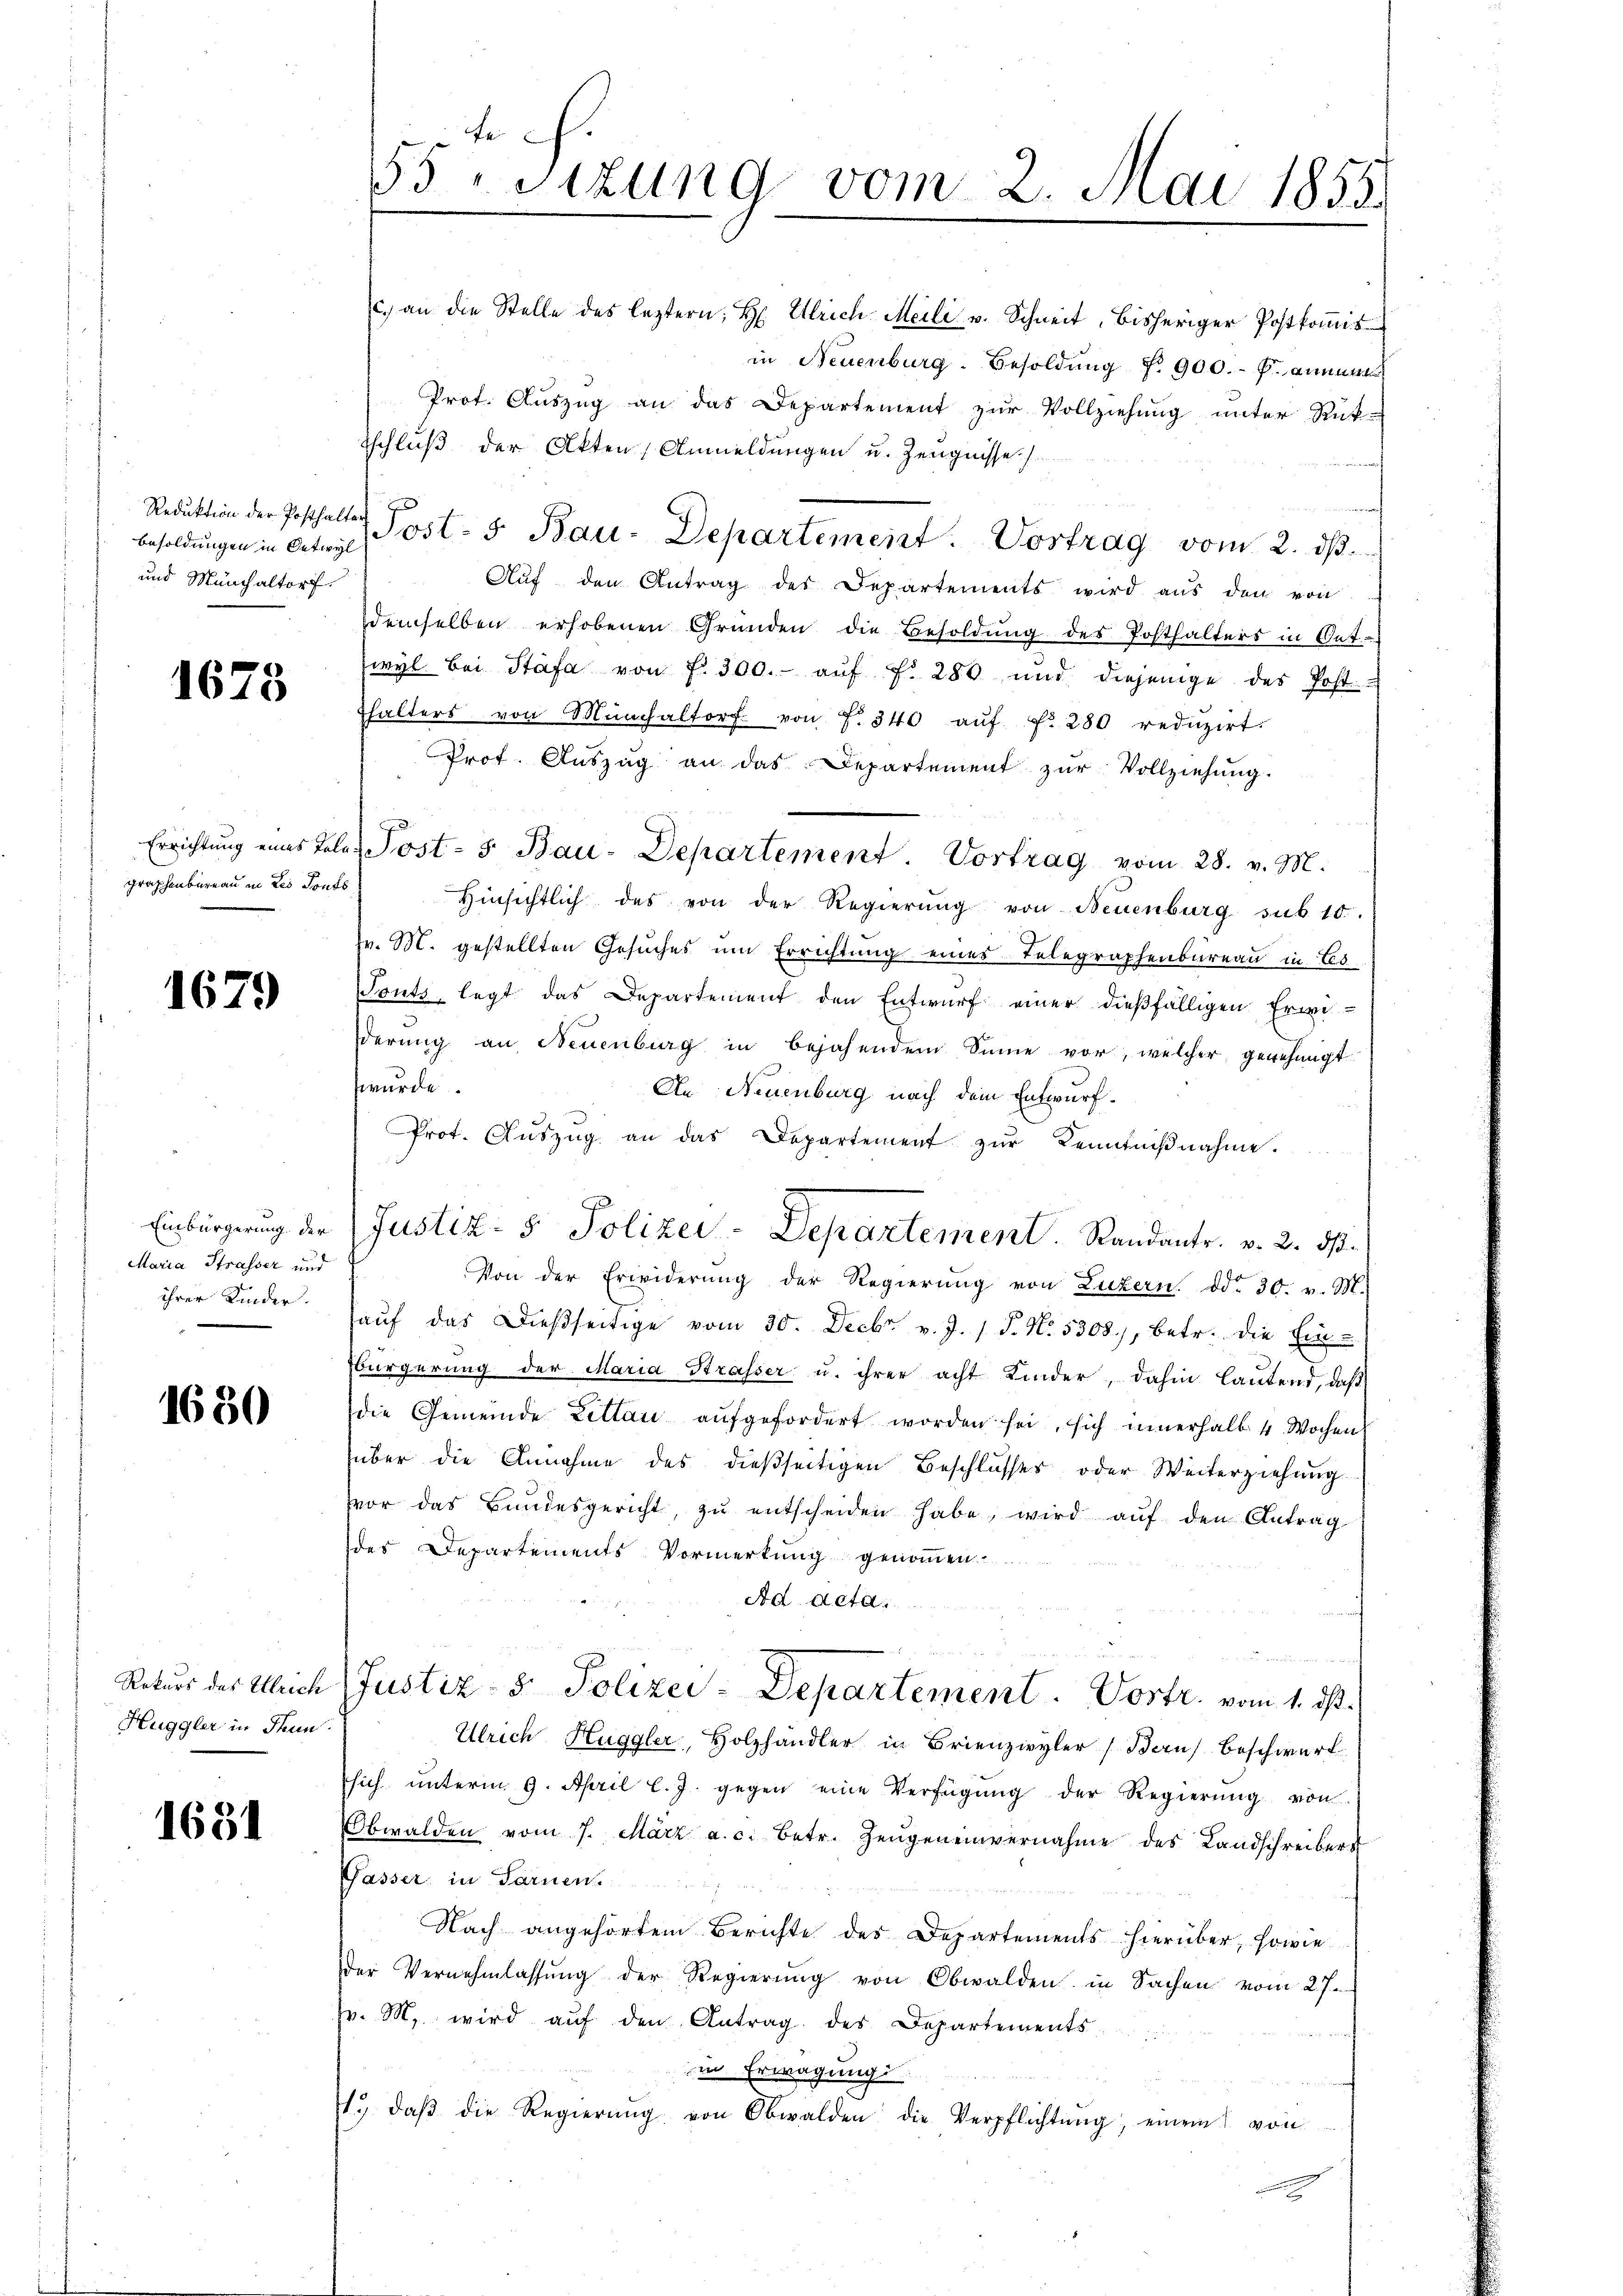
Besoldungen in Oetwyl
und Münchaltorf.

1675

graphenbureau in Les donts

1679

Einbürgerung der
Maria Strasser und
ihrer Kinder.

1680

Rekurs des Ulrich
Huggler in Thun.

1631

fe
55 Sizung vom 2. Indi 1855.
e

c. an die Stelle des leztern, H. Ulrich Meili u. Schneit, bisheriger Postkoṁis
in Neuenburg. Besoldŭng Nr. 900.- p. annual
Prof. Auszug an das Departement zur Vollziehung unter Rück-
tschluß der Akten, Anmeldungen u. Zeugnisse
Reduktion der Posthalter Post- 5. Bau-Departement. Vortrag vom 2. ds.
Auf den Antrag des Departements wird aus den von
demselben erhobenen Gründen die Besoldung des Posthalters in Oet.
wyl bei Stäfa von f. 300.- auf Fr. 280 und diejenige des Post-
fhalters von Münchaltorf von f. 340 aŭf f. 280 redŭzirt.
Prot. Aŭszŭg an das Departement zŭr Vollziehung.
Hinsichtlich des von der Regierŭng von Neuenburg sub. 10.
Fr. M. gestellten Gesuches um Errichtung eines Telegraphenbureau in Es
STonts, legt das Departement den Entwurf einer dießfälligen Erwi-
derung an Neuenburg in bejahendem Sinne vor, welcher genehmigt
furde.
An Neuenburg nach dem Entwurf.
Prot. Aŭszŭg an das Departement zŭr Kenntniβnahme.
Von der Erwiderŭng der Regierŭng von Luzern ddo 30. v. M.
haŭf das dießseitige vom 30. Decbr. v. J. 1 S. No. 5308, betr. die Ein-
Bürgerung der Maria Strasser u. ihrer acht Kinder, dahin lautend, daß
die Gemeinde Lettau aufgefordert worden sei, sich innerhalb 4 Wochen
über die Annahme des dießseitigen Beschlusses oder Weiterziehung
vor das Bundesgericht, zŭ entscheiden habe, wird aŭf den Antrag
des Departements Vormerkung genommen
Ad Acta.
Justiz- & Polizei-Departement. Vortr. vom 1. ds.
Ulrich Huggler, Holzhändler in Brienzwyler Bau beschwert
sich ŭnterm 9. April l. J. gegen eine Verfügŭng der Regierŭng von
Obwalden vom 7. März a. c. betr. Zeŭgen einvernahme des Landschreibers
Gasser in Sarnen.
Nach angehörtem Berichte des Departements hierüber, sowie
der Vernehmlassung der Regierung von Obwalden in Sachen vom 27.
pr. M. wird aŭf den Antrag des Departements
in Erwägung
1. daβ die Regierŭng von Obwalden die Verpflichtŭng, einem von

Errichtung eines Tole, Post- 5. Bau-Departement. Vortrag vom 28. v. M.

Justiz- & Polizei-Departement. Randants. v. 2. ds.